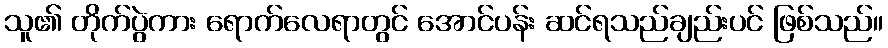
သူ၏ တိုက်ပွဲကား ရောက်လေရာတွင် အောင်ပန်း ဆင်ရသည်ချည်းပင် ဖြစ်သည်။